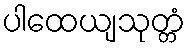
ပါထေယျသုတ္တံ